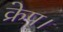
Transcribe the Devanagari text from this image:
क्रेप।